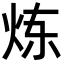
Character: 炼